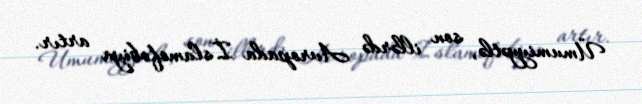
Ümumiyyətlə, son illərdə Avropada İslamofobiya artır.